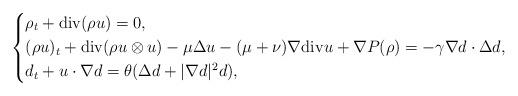
LaTeX: \begin{align*}\left\{\begin{aligned}&\rho_t+{\rm div}(\rho u)=0,\\&(\rho u)_t+{\rm div}(\rho u \otimes u)-\mu \Delta u-(\mu+\nu)\nabla {\rm div} u+\nabla P(\rho) =-\gamma \nabla d \cdot \Delta d,\\&d_t+u\cdot \nabla d=\theta(\Delta d+|\nabla d|^2 d),\end{aligned}\right.\end{align*}